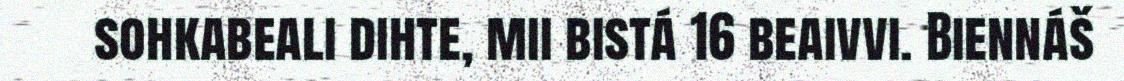
sohkabeali dihte, mii bistá 16 beaivvi. Biennáš